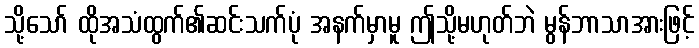
သို့သော် ထိုအသံထွက်၏ဆင်းသက်ပုံ အနက်မှာမူ ဤသို့မဟုတ်ဘဲ မွန်ဘာသာအားဖြင့်